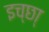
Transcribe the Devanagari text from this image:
इच्छा्